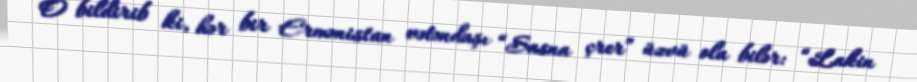
O bildirib ki, hər bir Ermənistan vətəndaşı “Sasna çrer” üzvü ola bilər: “Lakin